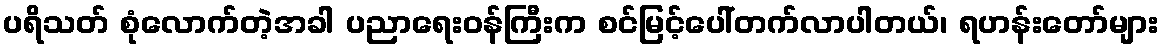
ပရိသတ် စုံလောက်တဲ့အခါ ပညာရေးဝန်ကြီးက စင်မြင့်ပေါ်တက်လာပါတယ်၊ ရဟန်းတော်များ